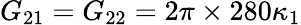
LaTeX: G_{21}=G_{22}=2\pi\times 280\kappa_{1}